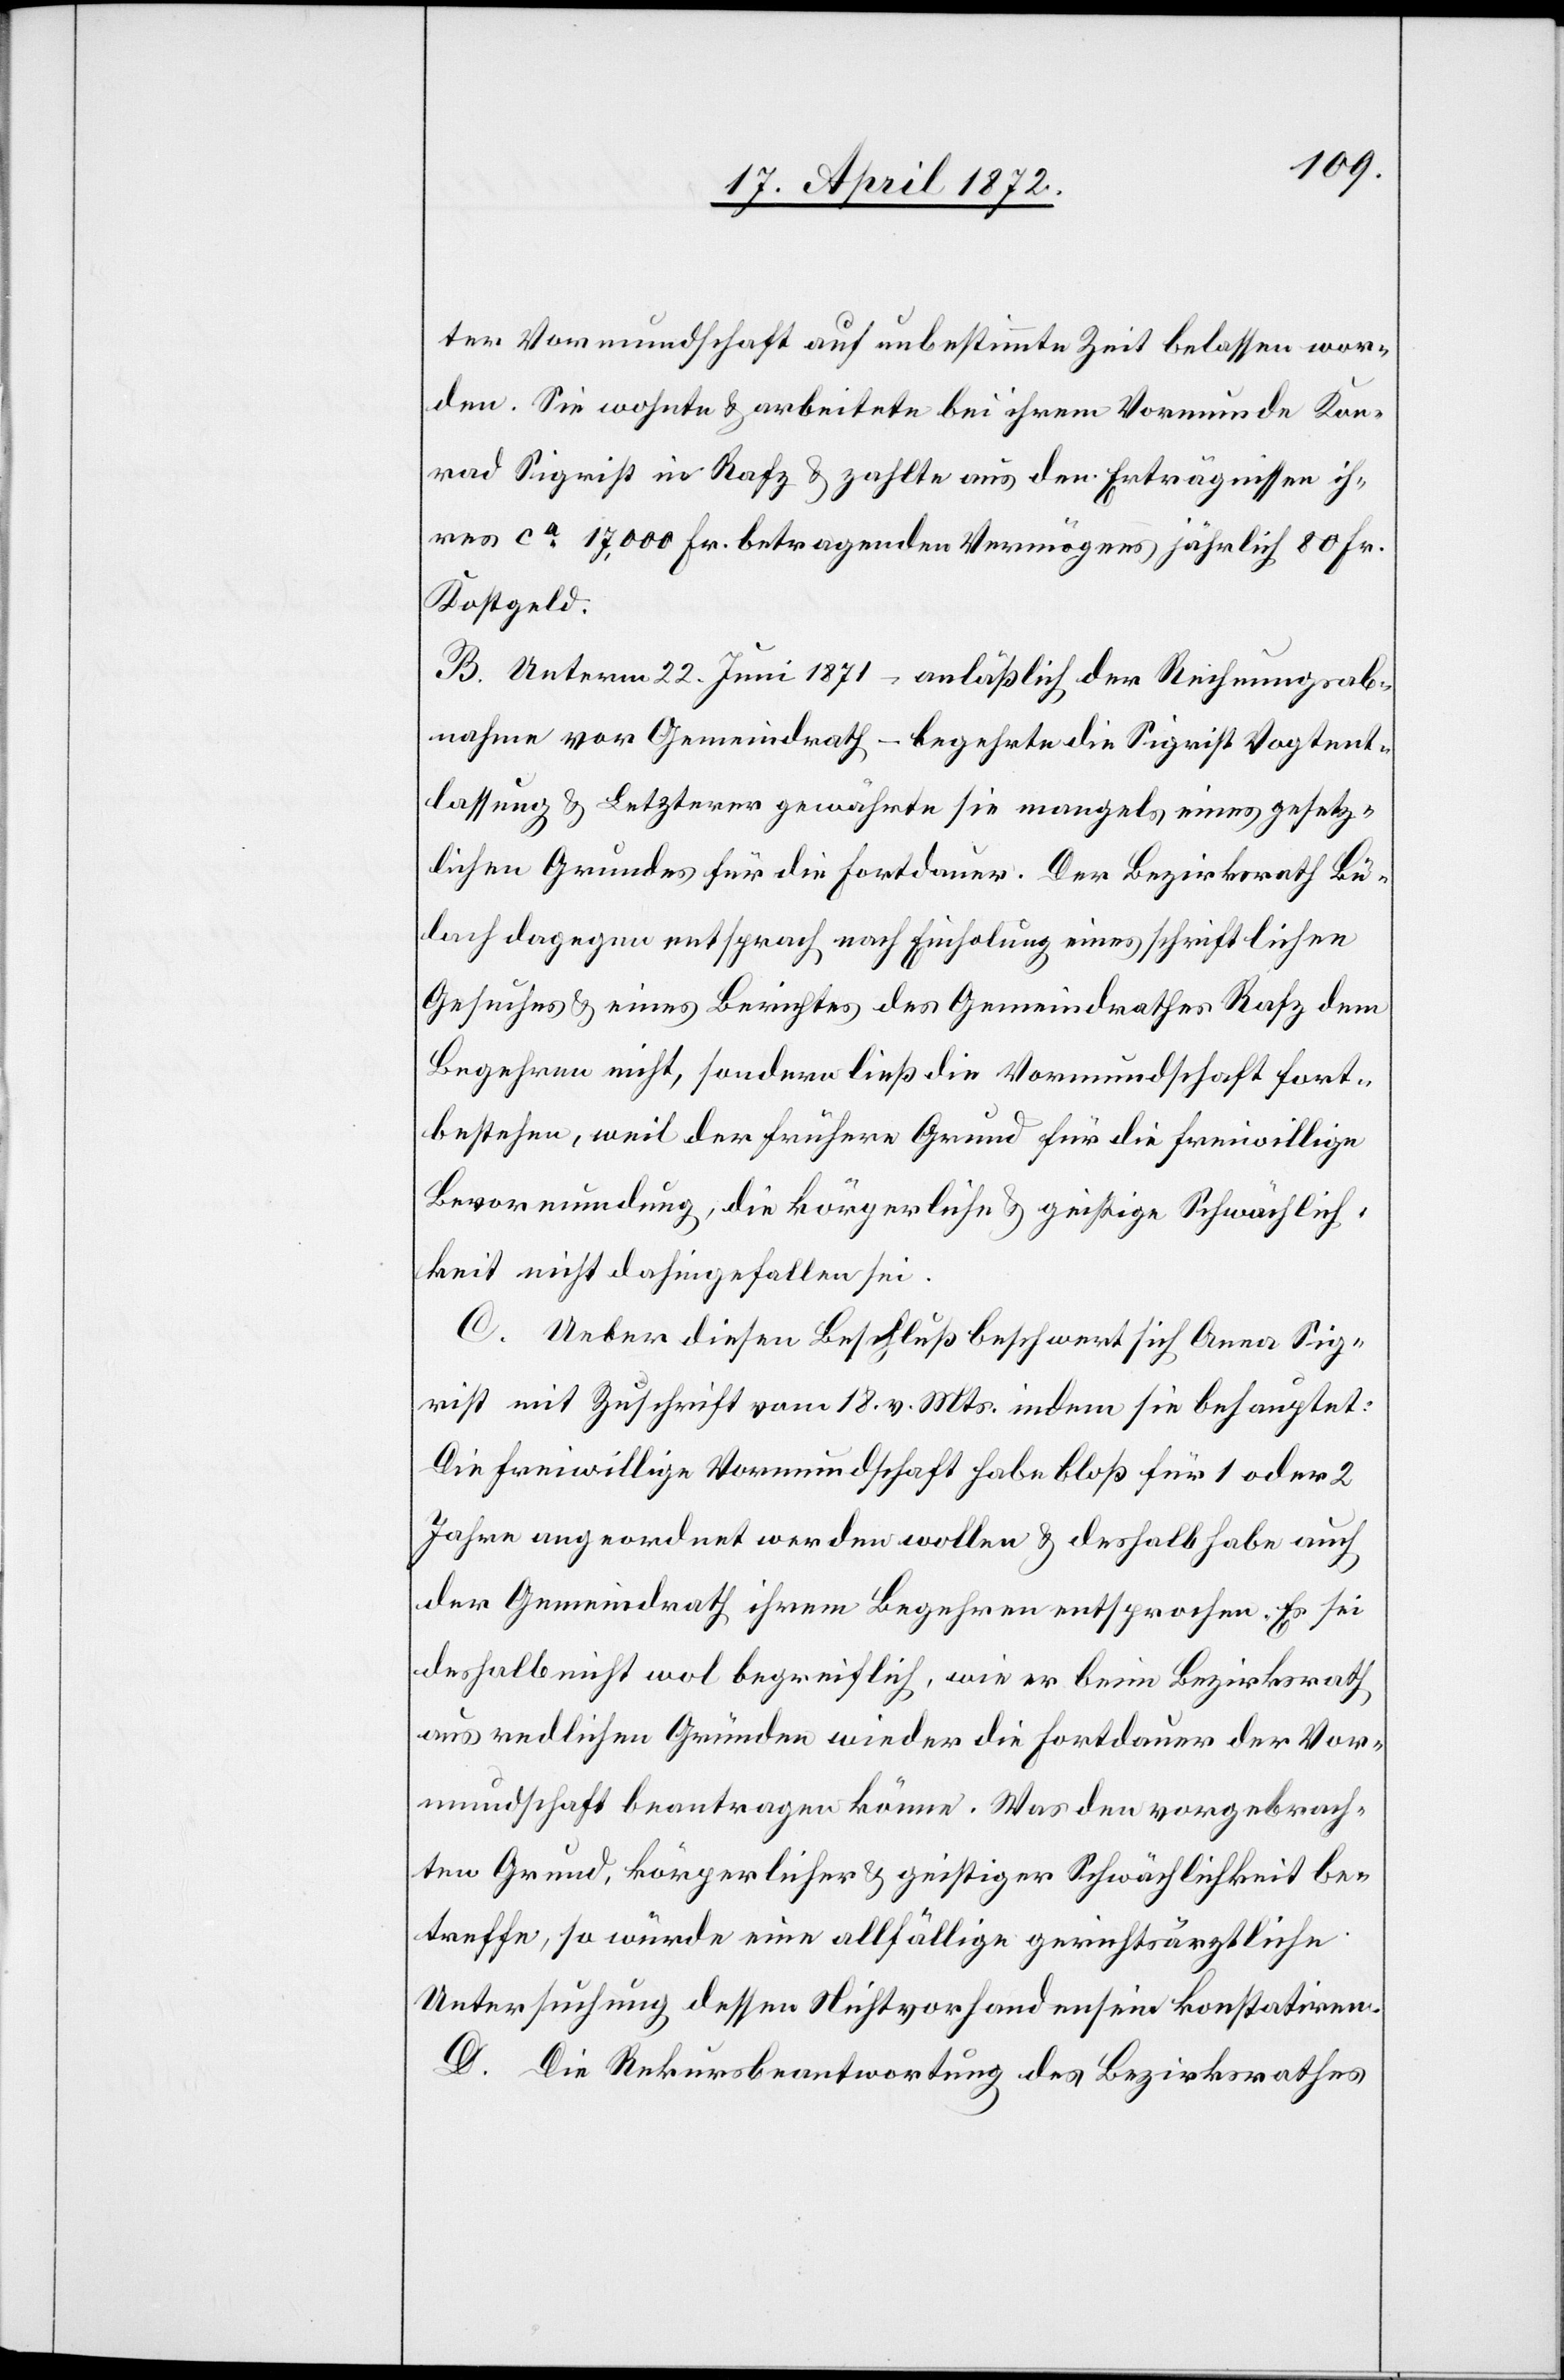
ter Vormundschaft auf unbestimmte Zeit belassen wor¬
den. Sie wohnte u. arbeitete bei ihrem Vormunde Kon¬
rad Sigrist in Rafz u. zahlte aus den Erträgnissen ih¬
res ca 17,000 Fr. betragenden Vermögens jährlich 80 Fr.
Kostgeld.
B. Unterm 22. Juni 1871 – anläßlich der Rechnungsab¬
nahme vor Gemeindrath – begehrte die Sigrist Vogtent¬
lassung u. Letzterer gewährte sie mangels eines gesetz¬
lichen Grundes für die Fortdauer. Der Bezirksrath Bü¬
lach dagegen entsprach nach Einholung eines schriftlichen
Gesuches u. eines Berichtes des Gemeindrathes Rafz dem
Begehren nicht, sondern ließ die Vormundschaft fort¬
bestehen, weil der frühere Grund für die freiwillige
Bevormundung, die körperliche u. geistige Schwächlich¬
keit nicht dahingefallen sei.
C. Ueber diesen Beschluß beschwert sich Anna Sig¬
rist mit Zuschrift vom 18. v. Mts. indem sie behauptet:
Die freiwillige Vormundschaft habe bloß für 1 oder 2
Jahre angeordnet werden wollen u. deshalb habe auch
der Gemeindrath ihrem Begehren entsprochen. Es sei
deshalb nicht wol begreiflich, wie er beim Bezirksrath
aus redlichen Gründen wieder die Fortdauer der Vor¬
mundschaft beantragen könne. Was den vorgebrach¬
ten Grund, körperlicher u. geistiger Schwächlichkeit be¬
treffe, so würde eine allfällige gerichtsärztliche
Untersuchung dessen Nichtvorhandensein konstatiren.
D. Die Rekursbeantwortung des Bezirksrathes